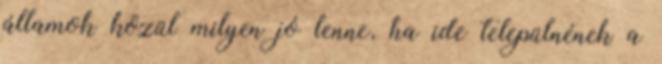
államok közül milyen jó lenne, ha ide települnének a